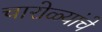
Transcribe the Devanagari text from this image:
चारोळ्यांचे